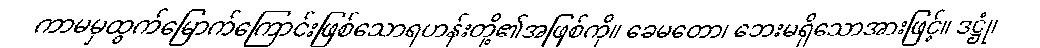
ကာမမှထွက်မြောက်ကြောင်းဖြစ်သောရဟန်းတို့၏အဖြစ်ကို။ ခေမတော၊ ဘေးမရှိသောအားဖြင့်။ ဒဋ္ဌုံ၊